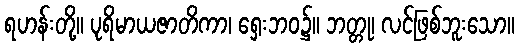
ရဟန်းတို့။ ပုရိမာယဇာတိကာ၊ ရှေးဘဝ၌။ ဘတ္တု၊ လင်ဖြစ်ဘူးသော။